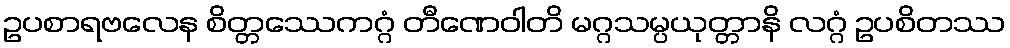
ဥပစာရဗလေန စိတ္တဿေကဂ္ဂံ တီဏေဝါတိ မဂ္ဂသမ္ပယုတ္တာနိ လဂ္ဂံ ဥပစိတဿ